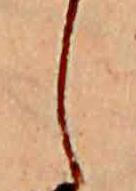
し